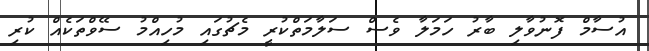
އުސާމް ފޮނުވާލި ބާރު ހަމަލާ ވެސް ސަލާމަތްކުރީ މެޗުގައި މުހިއްމު ސޭވްތަކެއް ކުރި